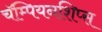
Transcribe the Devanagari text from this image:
चॅम्पियनशिप्स